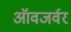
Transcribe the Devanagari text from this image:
ऑवजर्वर